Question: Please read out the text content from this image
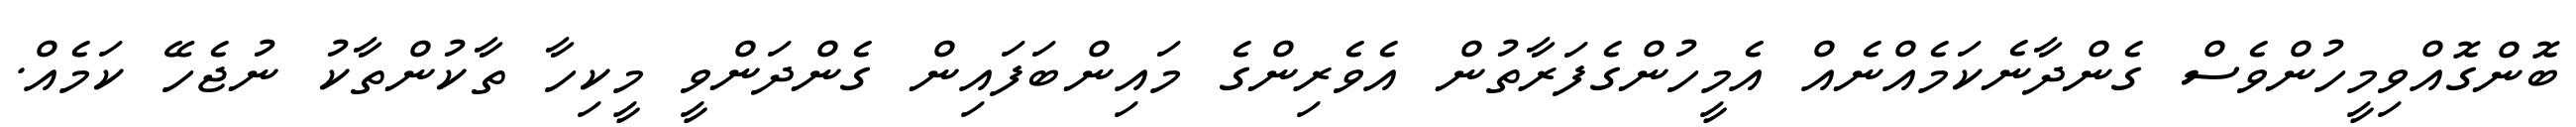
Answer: ބޮންގޮއްވިމީހުންވެސް ގެންދާނެކަމެއްނެއް އެމީހުންގެފަރާތުން އެވެރިންގެ މައިންބަފައިން ގެންދަންވީ މީކިހާ ތާކުންތާކު ނުޖެހޭ ކަމެއް.